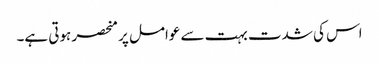
اس کی شدت بہت سے عوامل پر منحصر ہوتی ہے۔